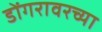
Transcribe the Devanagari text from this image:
डोंगरावरच्या